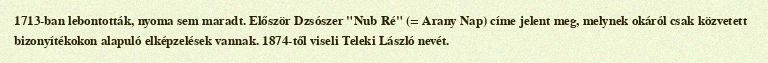
1713-ban lebontották, nyoma sem maradt. Először Dzsószer "Nub Ré" (= Arany Nap) címe jelent meg, melynek okáról csak közvetett bizonyítékokon alapuló elképzelések vannak. 1874-től viseli Teleki László nevét.